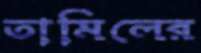
তামিলের